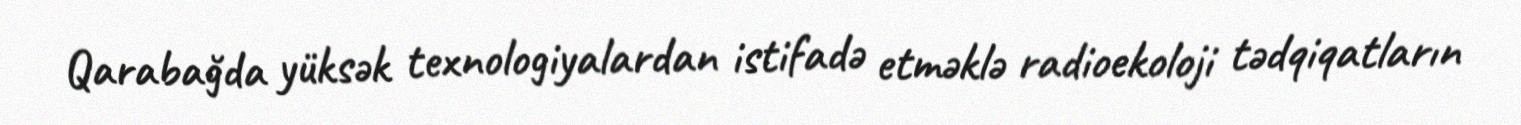
Qarabağda yüksək texnologiyalardan istifadə etməklə radioekoloji tədqiqatların